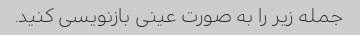
جمله زیر را به صورت عینی بازنویسی کنید.